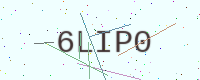
Text: 6LIP0